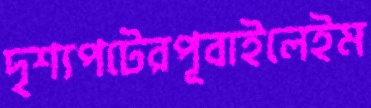
দৃশ্যপটেরপূবাইলেইম